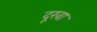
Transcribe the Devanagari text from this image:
दूखा